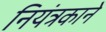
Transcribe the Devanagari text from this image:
नियंत्रकाने